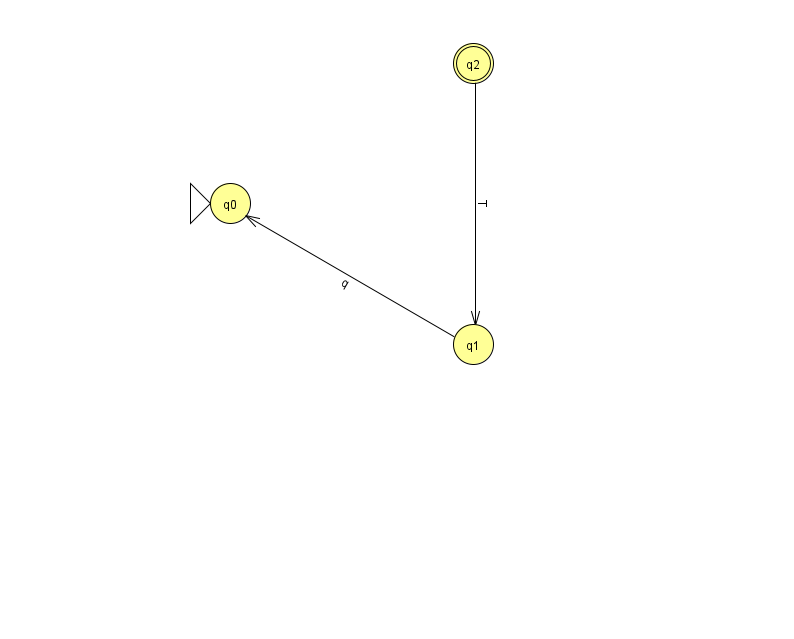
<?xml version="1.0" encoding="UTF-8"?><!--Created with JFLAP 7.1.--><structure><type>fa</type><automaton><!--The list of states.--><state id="0" name="q0"><x>230.0</x><y>190.0</y><initial/></state><state id="1" name="q1"><x>473.0</x><y>331.0</y></state><state id="2" name="q2"><x>473.0</x><y>50.0</y><final/></state><!--The list of transitions.--><transition><from>1</from><to>0</to><read>q</read></transition><transition><from>2</from><to>1</to><read>T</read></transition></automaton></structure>